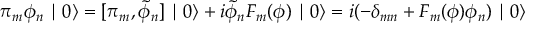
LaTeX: \pi _ { m } \phi _ { n } \mid 0 \rangle = [ \pi _ { m } , \tilde { \phi } _ { n } ] \mid 0 \rangle + i \tilde { \phi } _ { n } F _ { m } ( \phi ) \mid 0 \rangle = i ( - \delta _ { m n } + F _ { m } ( \phi ) \phi _ { n } ) \mid 0 \rangle